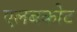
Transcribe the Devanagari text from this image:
एलबकोट